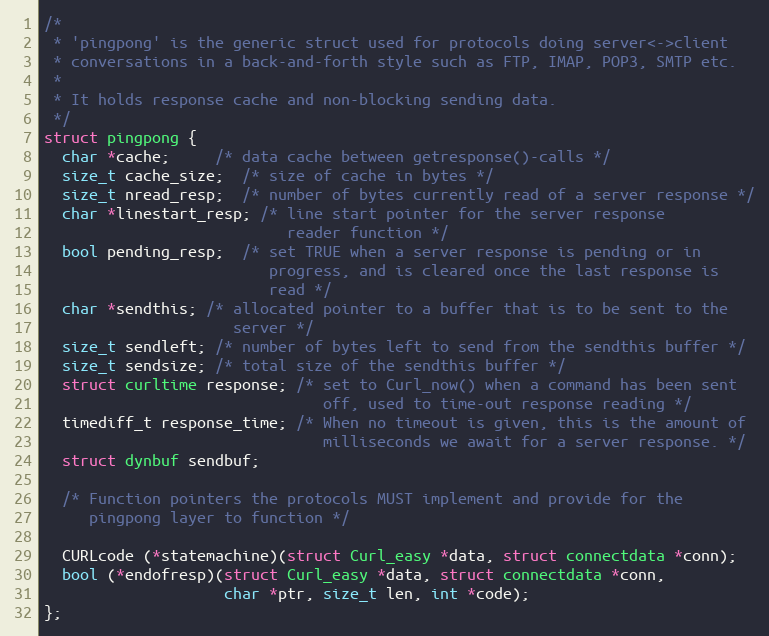
Language: C
/*
 * 'pingpong' is the generic struct used for protocols doing server<->client
 * conversations in a back-and-forth style such as FTP, IMAP, POP3, SMTP etc.
 *
 * It holds response cache and non-blocking sending data.
 */
struct pingpong {
  char *cache;     /* data cache between getresponse()-calls */
  size_t cache_size;  /* size of cache in bytes */
  size_t nread_resp;  /* number of bytes currently read of a server response */
  char *linestart_resp; /* line start pointer for the server response
                           reader function */
  bool pending_resp;  /* set TRUE when a server response is pending or in
                         progress, and is cleared once the last response is
                         read */
  char *sendthis; /* allocated pointer to a buffer that is to be sent to the
                     server */
  size_t sendleft; /* number of bytes left to send from the sendthis buffer */
  size_t sendsize; /* total size of the sendthis buffer */
  struct curltime response; /* set to Curl_now() when a command has been sent
                               off, used to time-out response reading */
  timediff_t response_time; /* When no timeout is given, this is the amount of
                               milliseconds we await for a server response. */
  struct dynbuf sendbuf;

  /* Function pointers the protocols MUST implement and provide for the
     pingpong layer to function */

  CURLcode (*statemachine)(struct Curl_easy *data, struct connectdata *conn);
  bool (*endofresp)(struct Curl_easy *data, struct connectdata *conn,
                    char *ptr, size_t len, int *code);
};